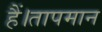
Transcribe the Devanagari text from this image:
हैं।तापमान